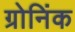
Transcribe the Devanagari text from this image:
ग्रोनिंक